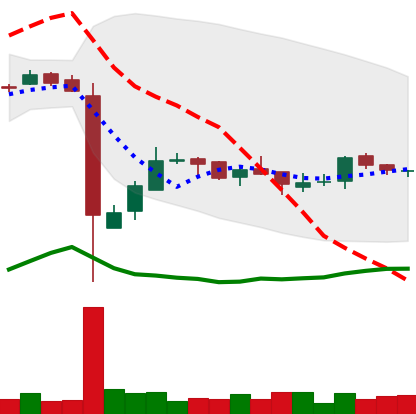
Ticker: LTC-USD
Chart end date: 2016-12-20
Forward return: 18.742%
Label: up_7plus